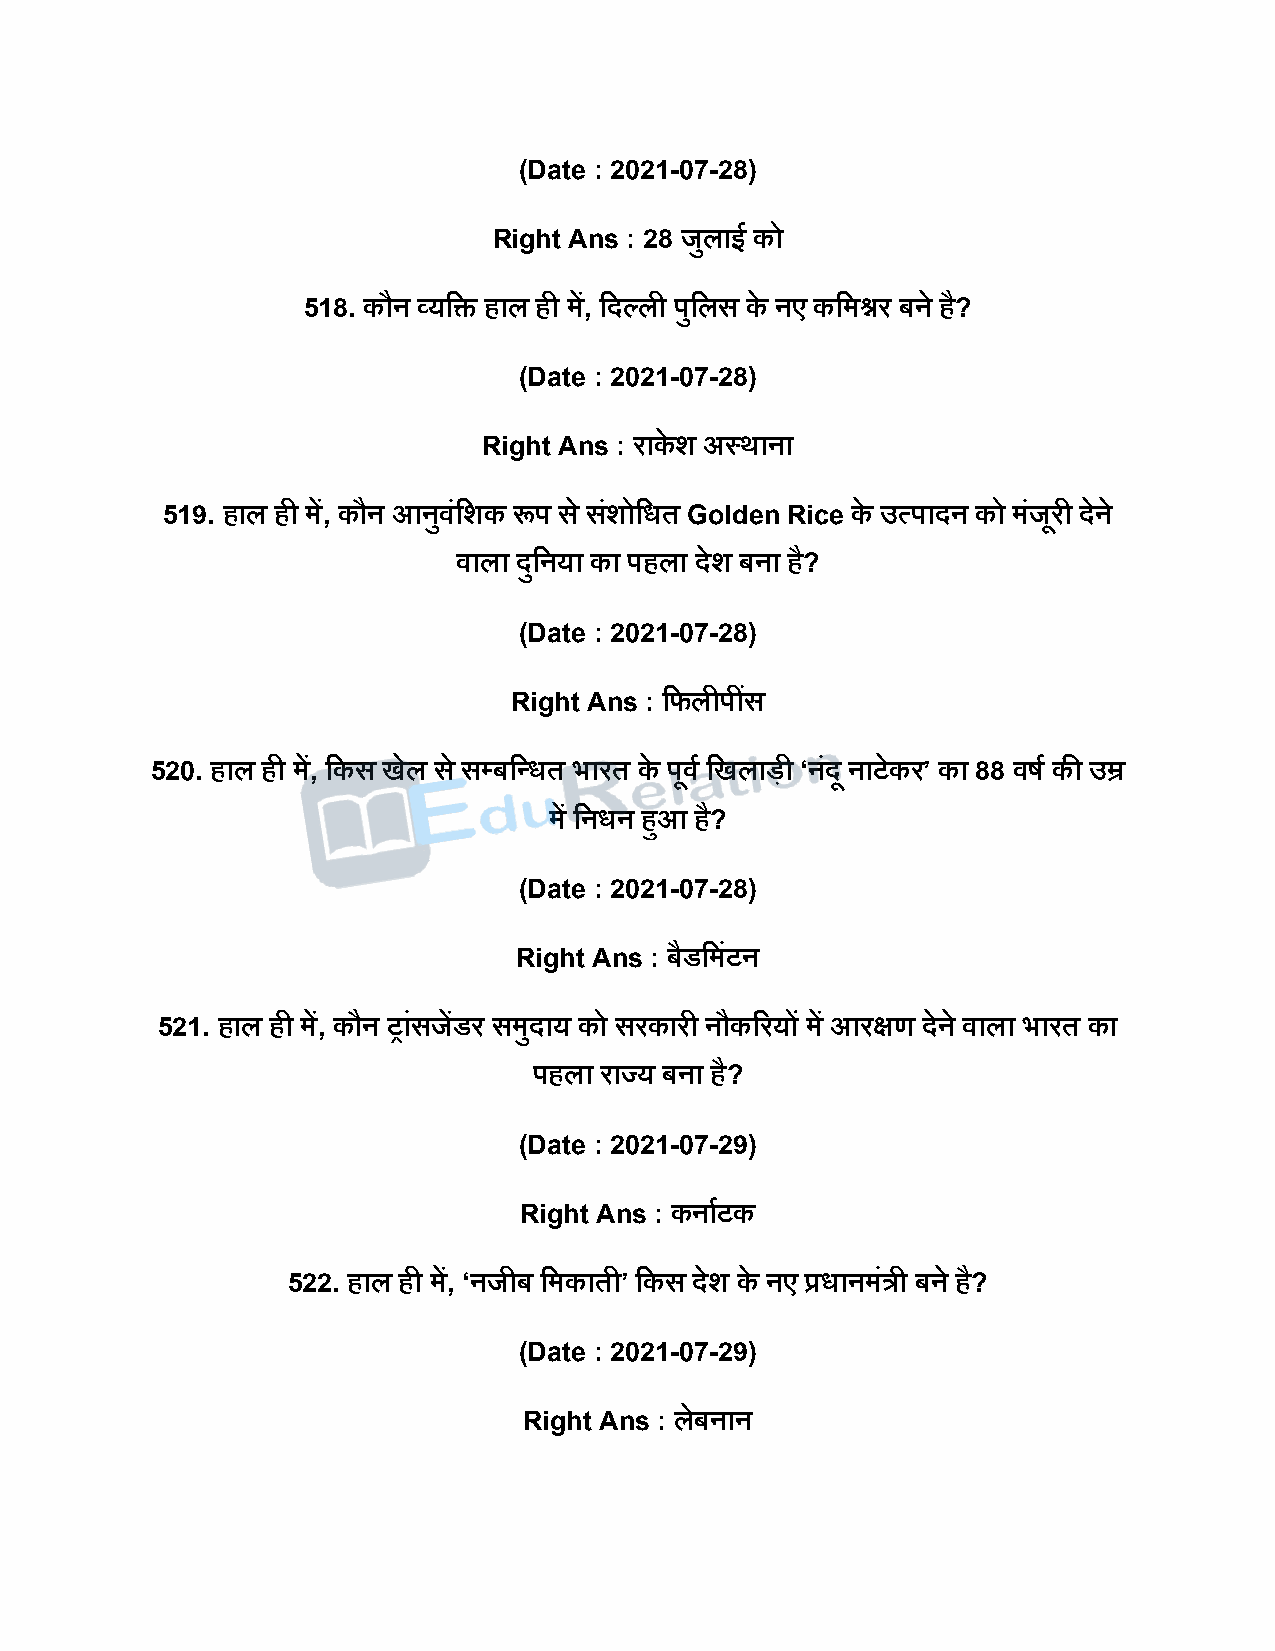
(Date : 2021-07-28)
 Right Ans : 28 जुलाई को
 518. कौन व्यदि हाल ही में, दिल्ली िुदलस के नए कदमश्नर बने है?
 (Date : 2021-07-28)
 Right Ans : राके श अस्थाना
 519. हाल ही में, कौन आनुवंदशक रूि स े सशं ोदधत Golden Rice के उत्िािन को मंजरू ी िेने
 वाला िुदनया का िहला िेश बना है?
 (Date : 2021-07-28)
 Right Ans : दफलीिींस
 520. हाल ही में, दकस खेल स े सपबदन्धत भारत के िूवष दखलािी ‘नंिू नाटेकर’ का 88 वर्ष की उम्र
 में दनधन हुआ है?
 (Date : 2021-07-28)
 Right Ans : बैडदमंटन
 521. हाल ही में, कौन रांसजेंडर समुिाय को सरकारी नौकररयों में आरक्षण िेने वाला भारत का
 िहला राज्य बना है?
 (Date : 2021-07-29)
 Right Ans : कनाषटक
 522. हाल ही में, ‘नजीब दमकाती’ दकस िेश के नए प्रधानमंत्री बने है?
 (Date : 2021-07-29)
 Right Ans : लेबनान